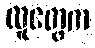
လူတွေက